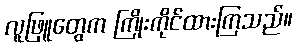
လူဖြူတွေက ကြိုးကိုင်ထားကြသည်။